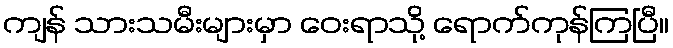
ကျန် သားသမီးများမှာ ဝေးရာသို့ ရောက်ကုန်ကြပြီ။